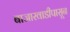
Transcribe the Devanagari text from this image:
बाजारवाडीपासून